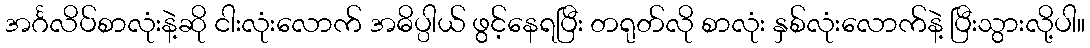
အင်္ဂလိပ်စာလုံးနဲ့ဆို ငါးလုံးလောက် အဓိပ္ပါယ် ဖွင့်နေရပြီး တရုတ်လို စာလုံး နှစ်လုံးလောက်နဲ့ ပြီးသွားလို့ပါ။